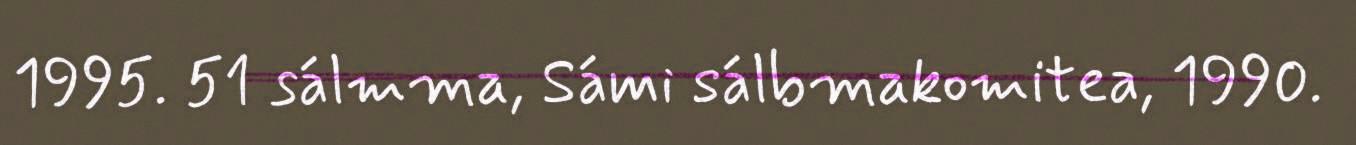
1995. 51 sálmma, Sámi sálbmakomitea, 1990.